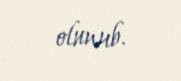
olunub.